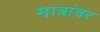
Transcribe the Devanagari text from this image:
मात्रांवर